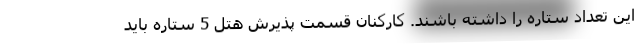
این تعداد ستاره را داشته باشند. کارکنان قسمت پذیرش هتل 5 ستاره باید